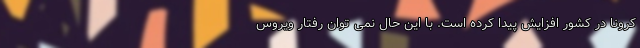
کرونا در کشور افزایش پیدا کرده است. با این حال نمی توان رفتار ویروس